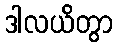
ဒါလယိတွာ